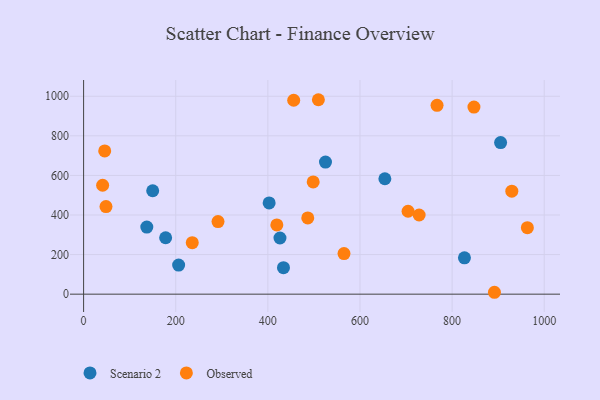
{"axis": {"x": "Speed", "y": "Demand"}, "legend": ["Observed", "Scenario 2"], "data": [{"x": "654.0", "y": 583.1, "type": "Scenario 2"}, {"x": "905.3", "y": 766.2, "type": "Scenario 2"}, {"x": "178.1", "y": 285.2, "type": "Scenario 2"}, {"x": "206.3", "y": 146.9, "type": "Scenario 2"}, {"x": "433.9", "y": 133.9, "type": "Scenario 2"}, {"x": "826.8", "y": 183.5, "type": "Scenario 2"}, {"x": "525.1", "y": 667.4, "type": "Scenario 2"}, {"x": "402.8", "y": 460.9, "type": "Scenario 2"}, {"x": "137.2", "y": 338.8, "type": "Scenario 2"}, {"x": "150.0", "y": 522.6, "type": "Scenario 2"}, {"x": "426.3", "y": 283.9, "type": "Scenario 2"}, {"x": "419.5", "y": 349.7, "type": "Observed"}, {"x": "767.3", "y": 954.4, "type": "Observed"}, {"x": "891.9", "y": 9.6, "type": "Observed"}, {"x": "48.6", "y": 442.7, "type": "Observed"}, {"x": "235.9", "y": 260.0, "type": "Observed"}, {"x": "486.6", "y": 385.2, "type": "Observed"}, {"x": "45.8", "y": 723.8, "type": "Observed"}, {"x": "509.7", "y": 982.5, "type": "Observed"}, {"x": "291.8", "y": 367.0, "type": "Observed"}, {"x": "963.4", "y": 336.2, "type": "Observed"}, {"x": "929.6", "y": 520.4, "type": "Observed"}, {"x": "41.3", "y": 550.3, "type": "Observed"}, {"x": "565.3", "y": 205.3, "type": "Observed"}, {"x": "456.1", "y": 979.9, "type": "Observed"}, {"x": "728.4", "y": 400.0, "type": "Observed"}, {"x": "704.4", "y": 419.0, "type": "Observed"}, {"x": "847.4", "y": 945.5, "type": "Observed"}, {"x": "498.4", "y": 567.2, "type": "Observed"}]}